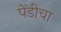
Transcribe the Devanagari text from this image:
पेंडीचा